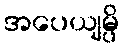
အပေယျမ္ပိ